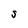
Character: S